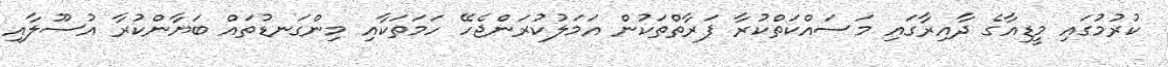
ކުރުމުގައި މީޑިއާގެ ދާއިރާގައި މަސައްކަތްކުރާ ފަރާތްތަކުން އަމަލުކުރަންޖެހޭ ހަމަތަކާއި މިންގަނޑުތައް ބަޔާންކުރާ އުސޫލާއި